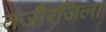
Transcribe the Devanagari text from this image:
तंजौरजिला